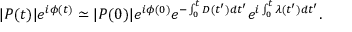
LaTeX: | P ( t ) | e ^ { i \phi ( t ) } \simeq | P ( 0 ) | e ^ { i \phi ( 0 ) } e ^ { - \int _ { 0 } ^ { t } D ( t ^ { \prime } ) d t ^ { \prime } } e ^ { i \int _ { 0 } ^ { t } \lambda ( t ^ { \prime } ) d t ^ { \prime } } .